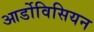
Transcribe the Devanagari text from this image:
आर्डोविसियन